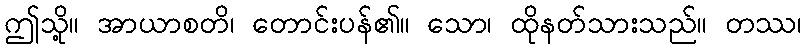
ဤသို့။ အာယာစတိ၊ တောင်းပန်၏။ သော၊ ထိုနတ်သားသည်။ တဿ၊